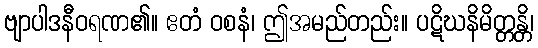
ဗျာပါဒနီဝရဏ၏။ ဧတံ ဝစနံ၊ ဤအမည်တည်း။ ပဋိဃနိမိတ္တန္တိ၊